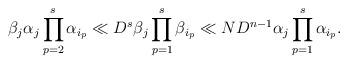
LaTeX: \begin{align*} \beta_j \alpha_j \prod_{p=2}^{s} \alpha_{i_p} \ll D^s \beta_j \prod_{p=1}^{s} \beta_{i_p}\ll N D^{n-1} \alpha_j \prod_{p=1}^s \alpha_{i_p}.\end{align*}